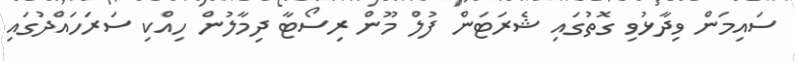
ސައިމަން ވިދާޅުވި ގޮތުގައި ޝެރަޓަން ފުލް މޫން ރިސޯޓާ ދިމާލުން ހިއްކި ސަރަހައްދުގައި